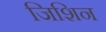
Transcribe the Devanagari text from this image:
जिशिन